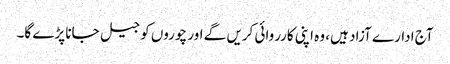
آج ادارے آزاد ہیں، وہ اپنی کارروائی کریں گے اور چوروں کو جیل جانا پڑے گا۔